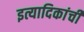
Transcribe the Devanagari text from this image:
इत्यादिकांची